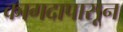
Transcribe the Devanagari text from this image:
कागदापासून